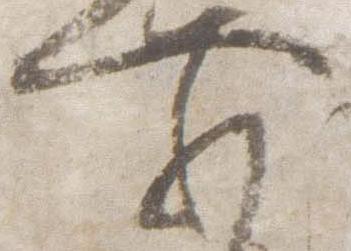
前